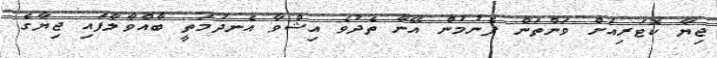
ޖިޔާ ކޮޓަރިއަށް ވަންތަން ފެނުމުން އޭނާ ތެދުވެ އިޝްވާ އެނދުމަތީ ބާއްވާލާފައި ޖިޔާގެ